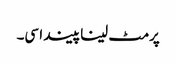
پرمٹ لینا پیندا سی۔